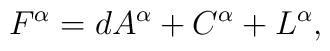
F^\alpha = dA^\alpha + C^\alpha + L^\alpha,